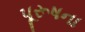
પૂરૂષના